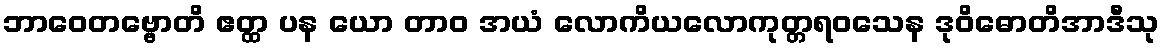
ဘာဝေတဗ္ဗောတိ ဧတ္ထ ပန ယော တာဝ အယံ လောကိယလောကုတ္တရဝသေန ဒုဝိဓောတိအာဒီသု